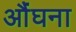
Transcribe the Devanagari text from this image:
औंघना